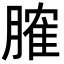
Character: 𦞦